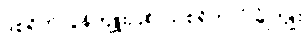
ဒုစရိုက်လွန်ကျူးပြစ်၊ သုစရိုက်လုံခြုံကျိုး